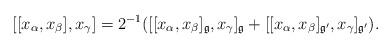
\begin{align*} [[x_\alpha,x_\beta],x_\gamma]=2^{-1}([[x_\alpha,x_\beta]_{\frak g},x_\gamma]_{\frak g} +[[x_\alpha,x_\beta]_{\frak g'},x_\gamma]_{\frak g'}). \end{align*}